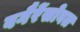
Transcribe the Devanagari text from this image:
वगैरेंसोबत